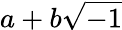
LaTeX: a+b{\sqrt{-1}}